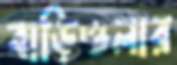
বাড়িওলার